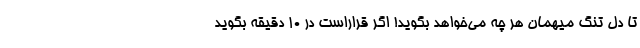
تا دل تنگ میهمان هر چه می‌خواهد بگوید! اگر قراراست در 10 دقیقه بگوید